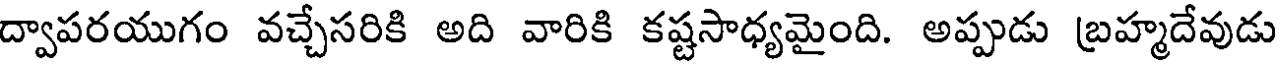
ద్వాపరయుగం వచ్చేసరికి అది వారికి కష్టసాధ్యమైంది. అప్పుడు బ్రహ్మదేవుడు